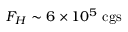
F _ { H } \sim 6 \times 1 0 ^ { 5 } ~ \mathrm { c g s }